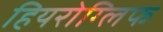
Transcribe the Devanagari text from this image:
हियरोग्लिफ